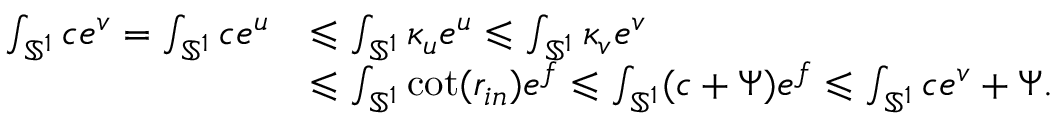
\begin{array} { r l } { \int _ { \mathbb S ^ { 1 } } c e ^ { v } = \int _ { \mathbb S ^ { 1 } } c e ^ { u } } & { \leqslant \int _ { \mathbb S ^ { 1 } } \kappa _ { u } e ^ { u } \leqslant \int _ { \mathbb S ^ { 1 } } \kappa _ { v } e ^ { v } } \\ & { \leqslant \int _ { \mathbb S ^ { 1 } } \cot ( r _ { i n } ) e ^ { f } \leqslant \int _ { \mathbb S ^ { 1 } } ( c + \Psi ) e ^ { f } \leqslant \int _ { \mathbb S ^ { 1 } } c e ^ { v } + \Psi . } \end{array}